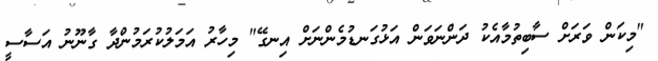
"މިކަން ވަރަށް ސާބިތުމާއެކު ދަންނަވަން އަޅުގަނޑުމެންނަށް އިނގޭ" މިހާރު އަމަލުކުރަމުންދާ ގާނޫނު އަސާސީ